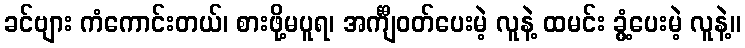
ခင်ဗျား ကံကောင်းတယ်၊ စားဖို့မပူရ၊ အင်္ကျီဝတ်ပေးမဲ့ လူနဲ့ ထမင်း ခွံ့ပေးမဲ့ လူနဲ့။